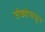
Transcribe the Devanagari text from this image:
संख्येपासून